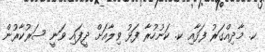
ކ. މާދިއްގަރު ފަޅާއި ކ. ކަނުހުރާ ފަޅު ވިލާއަށް ދީފައި ވަނީ ސަރުކާރުން